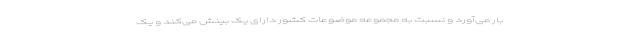
بار می‌آورد و نسبت به مجموعه موضوعات کشور دارای یک بینش می‌کند و یک